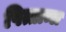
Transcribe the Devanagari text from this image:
पित्ताम्ल